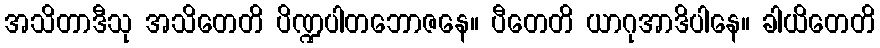
အသိတာဒီသု အသိတေတိ ပိဏ္ဍပါတဘောဇနေ။ ပီတေတိ ယာဂုအာဒိပါနေ။ ခါယိတေတိ